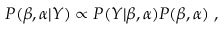
\begin{array} { r } { P ( \beta , \alpha | \boldsymbol { Y } ) \propto P ( \boldsymbol { Y } | \beta , \alpha ) P ( \beta , \alpha ) \; , } \end{array}